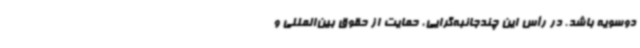
دوسویه باشد. در رأس این چندجانبه‌گرایی، حمایت از حقوق بین‌المللی و